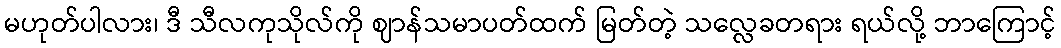
မဟုတ်ပါလား၊ ဒီ သီလကုသိုလ်ကို ဈာန်သမာပတ်ထက် မြတ်တဲ့ သလ္လေခတရား ရယ်လို့ ဘာကြောင့်